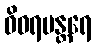
ဝိဝရမန္တရေ